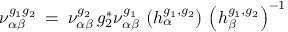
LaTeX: \nu _ { \alpha \beta } ^ { g _ { 1 } g _ { 2 } } \: = \: \nu _ { \alpha \beta } ^ { g _ { 2 } } \, g _ { 2 } ^ { * } \nu _ { \alpha \beta } ^ { g _ { 1 } } \, \left( h _ { \alpha } ^ { g _ { 1 } , g _ { 2 } } \right) \, \left( h _ { \beta } ^ { g _ { 1 } , g _ { 2 } } \right) ^ { - 1 }